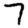
Digit: 7